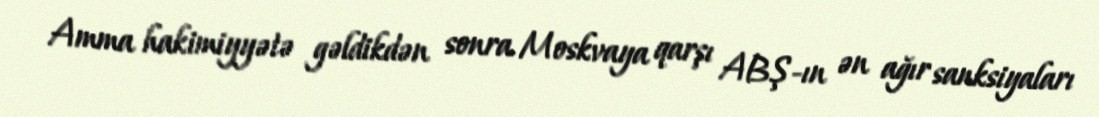
Amma hakimiyyətə gəldikdən sonra Moskvaya qarşı ABŞ-ın ən ağır sanksiyaları